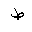
Letter: _da